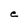
Character: e